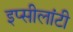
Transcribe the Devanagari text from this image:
इप्सीलांटी